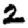
Digit: 2